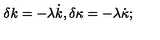
\delta k = - \lambda \dot { k } , \delta \kappa = - \lambda \dot { \kappa } ;